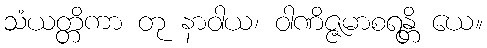
သံယတ္တိကာ တု နာဝါယ၊ ဝါဏိဇ္ဇမာစရန္တိ ယေ။